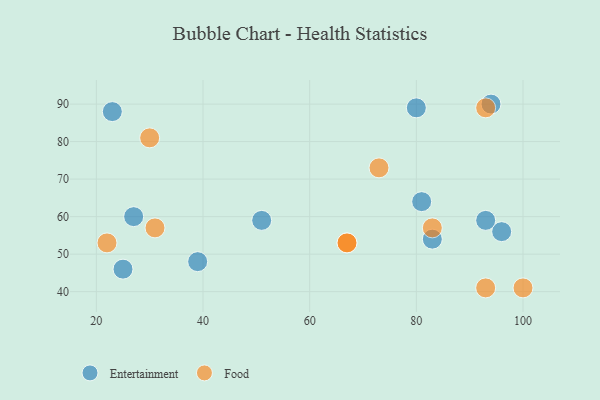
{"axis": {"x": "GDP", "y": "Life Expectancy"}, "legend": ["Entertainment", "Food"], "data": [{"x": "27", "y": 60, "type": "Entertainment"}, {"x": "80", "y": 89, "type": "Entertainment"}, {"x": "83", "y": 54, "type": "Entertainment"}, {"x": "51", "y": 59, "type": "Entertainment"}, {"x": "39", "y": 48, "type": "Entertainment"}, {"x": "81", "y": 64, "type": "Entertainment"}, {"x": "96", "y": 56, "type": "Entertainment"}, {"x": "93", "y": 59, "type": "Entertainment"}, {"x": "23", "y": 88, "type": "Entertainment"}, {"x": "25", "y": 46, "type": "Entertainment"}, {"x": "94", "y": 90, "type": "Entertainment"}, {"x": "73", "y": 73, "type": "Food"}, {"x": "67", "y": 53, "type": "Food"}, {"x": "93", "y": 89, "type": "Food"}, {"x": "31", "y": 57, "type": "Food"}, {"x": "83", "y": 57, "type": "Food"}, {"x": "30", "y": 81, "type": "Food"}, {"x": "67", "y": 53, "type": "Food"}, {"x": "22", "y": 53, "type": "Food"}, {"x": "100", "y": 41, "type": "Food"}, {"x": "93", "y": 41, "type": "Food"}]}